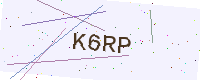
Text: K6RP